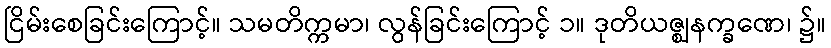
ငြိမ်းစေခြင်းကြောင့်။ သမတိက္ကမာ၊ လွန်ခြင်းကြောင့် ၁။ ဒုတိယဇ္ဈနက္ခဏေ၊ ၌။